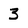
Character: 3